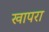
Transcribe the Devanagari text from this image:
खापरा